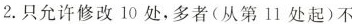
2.只允许修改10处,多者(从第11处起)不